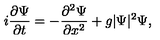
i \frac { \partial \Psi } { \partial t } = - \frac { \partial ^ { 2 } \Psi } { \partial x ^ { 2 } } + g | \Psi | ^ { 2 } \Psi ,